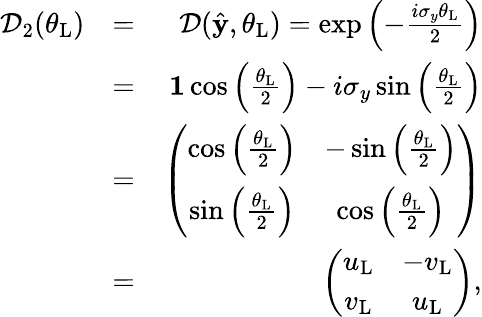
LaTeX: \begin{array}{rlr}{\mathcal{D}_{2}(\theta_{\mathrm{L}})}&{=}&{\mathcal{D}(\hat{\mathbf y},\theta_{\mathrm{L}})=\exp\left(-\frac{i\sigma_{y}\theta_{\mathrm{L}}}{2}\right)}\\ &{=}&{{\mathbf 1}\cos\left(\frac{\theta_{\mathrm{L}}}{2}\right)-i\sigma_{y}\sin\left(\frac{\theta_{\mathrm{L}}}{2}\right)}\\ &{=}&{\left(\begin{array}{cc}{\cos\left(\frac{\theta_{\mathrm{L}}}{2}\right)}&{-\sin\left(\frac{\theta_{\mathrm{L}}}{2}\right)}\\ {\sin\left(\frac{\theta_{\mathrm{L}}}{2}\right)}&{\cos\left(\frac{\theta_{\mathrm{L}}}{2}\right)}\end{array}\right)}\\ &{=}&{\left(\begin{array}{cc}{u_{\mathrm{L}}}&{-v_{\mathrm{L}}}\\ {v_{\mathrm{L}}}&{u_{\mathrm{L}}}\end{array}\right),}\end{array}